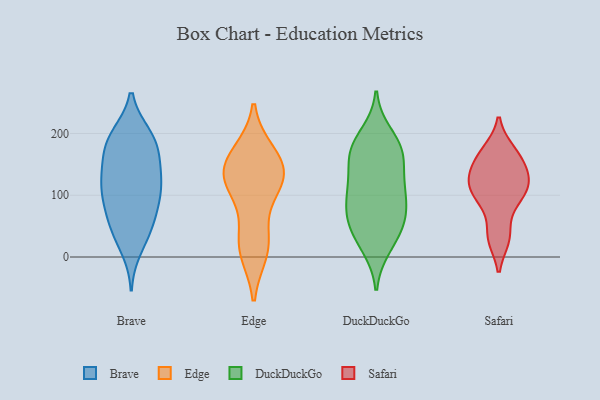
{"axis": {"x": "Satisfaction Score", "y": "Value"}, "legend": ["Brave", "DuckDuckGo", "Edge", "Safari"], "data": [{"x": "", "y": 196, "type": "Brave"}, {"x": "", "y": 197, "type": "Brave"}, {"x": "", "y": 80, "type": "Brave"}, {"x": "", "y": 73, "type": "Brave"}, {"x": "", "y": 142, "type": "Brave"}, {"x": "", "y": 143, "type": "Brave"}, {"x": "", "y": 122, "type": "Brave"}, {"x": "", "y": 50, "type": "Brave"}, {"x": "", "y": 197, "type": "Brave"}, {"x": "", "y": 182, "type": "Brave"}, {"x": "", "y": 114, "type": "Brave"}, {"x": "", "y": 37, "type": "Brave"}, {"x": "", "y": 174, "type": "Brave"}, {"x": "", "y": 165, "type": "Brave"}, {"x": "", "y": 117, "type": "Brave"}, {"x": "", "y": 48, "type": "Brave"}, {"x": "", "y": 106, "type": "Brave"}, {"x": "", "y": 95, "type": "Brave"}, {"x": "", "y": 14, "type": "Brave"}, {"x": "", "y": 17, "type": "Edge"}, {"x": "", "y": 30, "type": "Edge"}, {"x": "", "y": 159, "type": "Edge"}, {"x": "", "y": 120, "type": "Edge"}, {"x": "", "y": 122, "type": "Edge"}, {"x": "", "y": 134, "type": "Edge"}, {"x": "", "y": 10, "type": "Edge"}, {"x": "", "y": 167, "type": "Edge"}, {"x": "", "y": 149, "type": "Edge"}, {"x": "", "y": 114, "type": "Edge"}, {"x": "", "y": 49, "type": "DuckDuckGo"}, {"x": "", "y": 119, "type": "DuckDuckGo"}, {"x": "", "y": 160, "type": "DuckDuckGo"}, {"x": "", "y": 192, "type": "DuckDuckGo"}, {"x": "", "y": 73, "type": "DuckDuckGo"}, {"x": "", "y": 104, "type": "DuckDuckGo"}, {"x": "", "y": 166, "type": "DuckDuckGo"}, {"x": "", "y": 79, "type": "DuckDuckGo"}, {"x": "", "y": 112, "type": "DuckDuckGo"}, {"x": "", "y": 15, "type": "DuckDuckGo"}, {"x": "", "y": 96, "type": "DuckDuckGo"}, {"x": "", "y": 162, "type": "DuckDuckGo"}, {"x": "", "y": 57, "type": "DuckDuckGo"}, {"x": "", "y": 46, "type": "DuckDuckGo"}, {"x": "", "y": 120, "type": "DuckDuckGo"}, {"x": "", "y": 57, "type": "DuckDuckGo"}, {"x": "", "y": 17, "type": "DuckDuckGo"}, {"x": "", "y": 170, "type": "DuckDuckGo"}, {"x": "", "y": 173, "type": "DuckDuckGo"}, {"x": "", "y": 200, "type": "DuckDuckGo"}, {"x": "", "y": 152, "type": "Safari"}, {"x": "", "y": 98, "type": "Safari"}, {"x": "", "y": 167, "type": "Safari"}, {"x": "", "y": 171, "type": "Safari"}, {"x": "", "y": 124, "type": "Safari"}, {"x": "", "y": 108, "type": "Safari"}, {"x": "", "y": 33, "type": "Safari"}, {"x": "", "y": 122, "type": "Safari"}, {"x": "", "y": 31, "type": "Safari"}, {"x": "", "y": 89, "type": "Safari"}, {"x": "", "y": 134, "type": "Safari"}]}